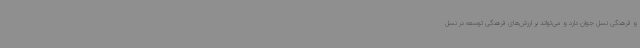
و فرهنگی نسل جوان دارد و می‌تواند بر ارزش‌های فرهنگی توسعه در نسل